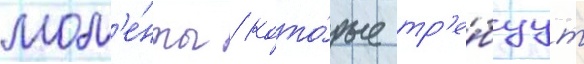
мом'е́нты / кото́рые тр'е́буут